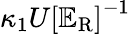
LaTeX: \kappa_{1}U\left[\mathbb{E}_{\mathrm{{R}}}\right]^{-1}